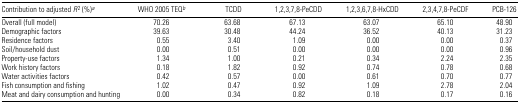
<table><thead><tr><td><b>Contribution to adjusted <i>R</i><sup>2</sup> (%)a</b></td><td><b>WHO 2005 TEQb</b></td><td><b>TCDD</b></td><td><b>1,2,3,7,8-PeCDD</b></td><td><b>1,2,3,6,7,8-HxCDD</b></td><td><b>2,3,4,7,8-PeCDF</b></td><td><b>PCB-126</b></td></tr></thead><tbody><tr><td>Overall (full model)</td><td>70.26</td><td>63.68</td><td>67.13</td><td>63.07</td><td>65.10</td><td>48.90</td></tr><tr><td>Demographic factors</td><td>39.63</td><td>30.48</td><td>44.24</td><td>36.52</td><td>40.13</td><td>31.23</td></tr><tr><td>Residence factors</td><td>0.55</td><td>3.40</td><td>1.09</td><td>0.00</td><td>0.00</td><td>0.37</td></tr><tr><td>Soil/household dust</td><td>0.00</td><td>0.51</td><td>0.00</td><td>0.00</td><td>0.00</td><td>0.96</td></tr><tr><td>Property-use factors</td><td>1.34</td><td>1.00</td><td>0.21</td><td>0.34</td><td>2.24</td><td>2.35</td></tr><tr><td>Work history factors</td><td>0.18</td><td>1.82</td><td>0.92</td><td>0.74</td><td>0.78</td><td>0.68</td></tr><tr><td>Water activities factors</td><td>0.42</td><td>0.57</td><td>0.00</td><td>0.61</td><td>0.70</td><td>0.77</td></tr><tr><td>Fish consumption and fishing</td><td>1.02</td><td>0.47</td><td>0.92</td><td>1.09</td><td>2.78</td><td>2.04</td></tr><tr><td>Meat and dairy consumption and hunting</td><td>0.00</td><td>0.34</td><td>0.82</td><td>0.18</td><td>0.17</td><td>0.16</td></tr></tbody></table>